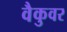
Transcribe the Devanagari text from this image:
वैकुवर